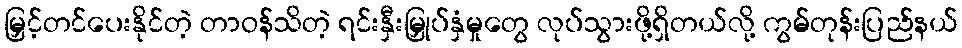
မြှင့်တင်ပေးနိုင်တဲ့ တာဝန်သိတဲ့ ရင်းနှီးမြှုပ်နှံမှုတွေ လုပ်သွားဖို့ရှိတယ်လို့ ကွမ်တုန်းပြည်နယ်